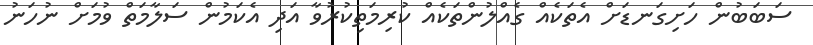
ސަބަބުން ހަށިގަނޑަށް އެތަކެއް ގެއްލުންތަކެއް ކުރިމަތިކުރުވާ އަދި އެކަމުން ސަލާމަތް ވުމަށް ނުހަނު